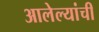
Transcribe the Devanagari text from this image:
आलेल्यांची